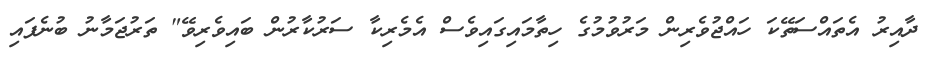
ދާއިރު އެތައްސަތޭކަ ހައްޖުވެރިން މަރުވުމުގެ ހިތާމައިގައިވެސް އެމެރިކާ ސަރުކާރުން ބައިވެރިވޭ" ތަރުޖަމާނު ބުނެފައި